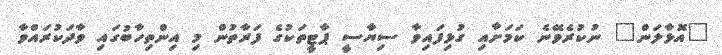
"އޮޅާލަން" ނުކުރެވޭނެ ކަމަށާއި ގުޅިފައިވާ ސިޔާސީ ޕާޓީތަކުގެ ފަރާތުން މި އިންތިހާބުގައި ވާދަކުރައްވާ